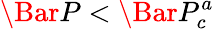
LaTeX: \Bar{P}<\Bar{P}_{c}^{a}